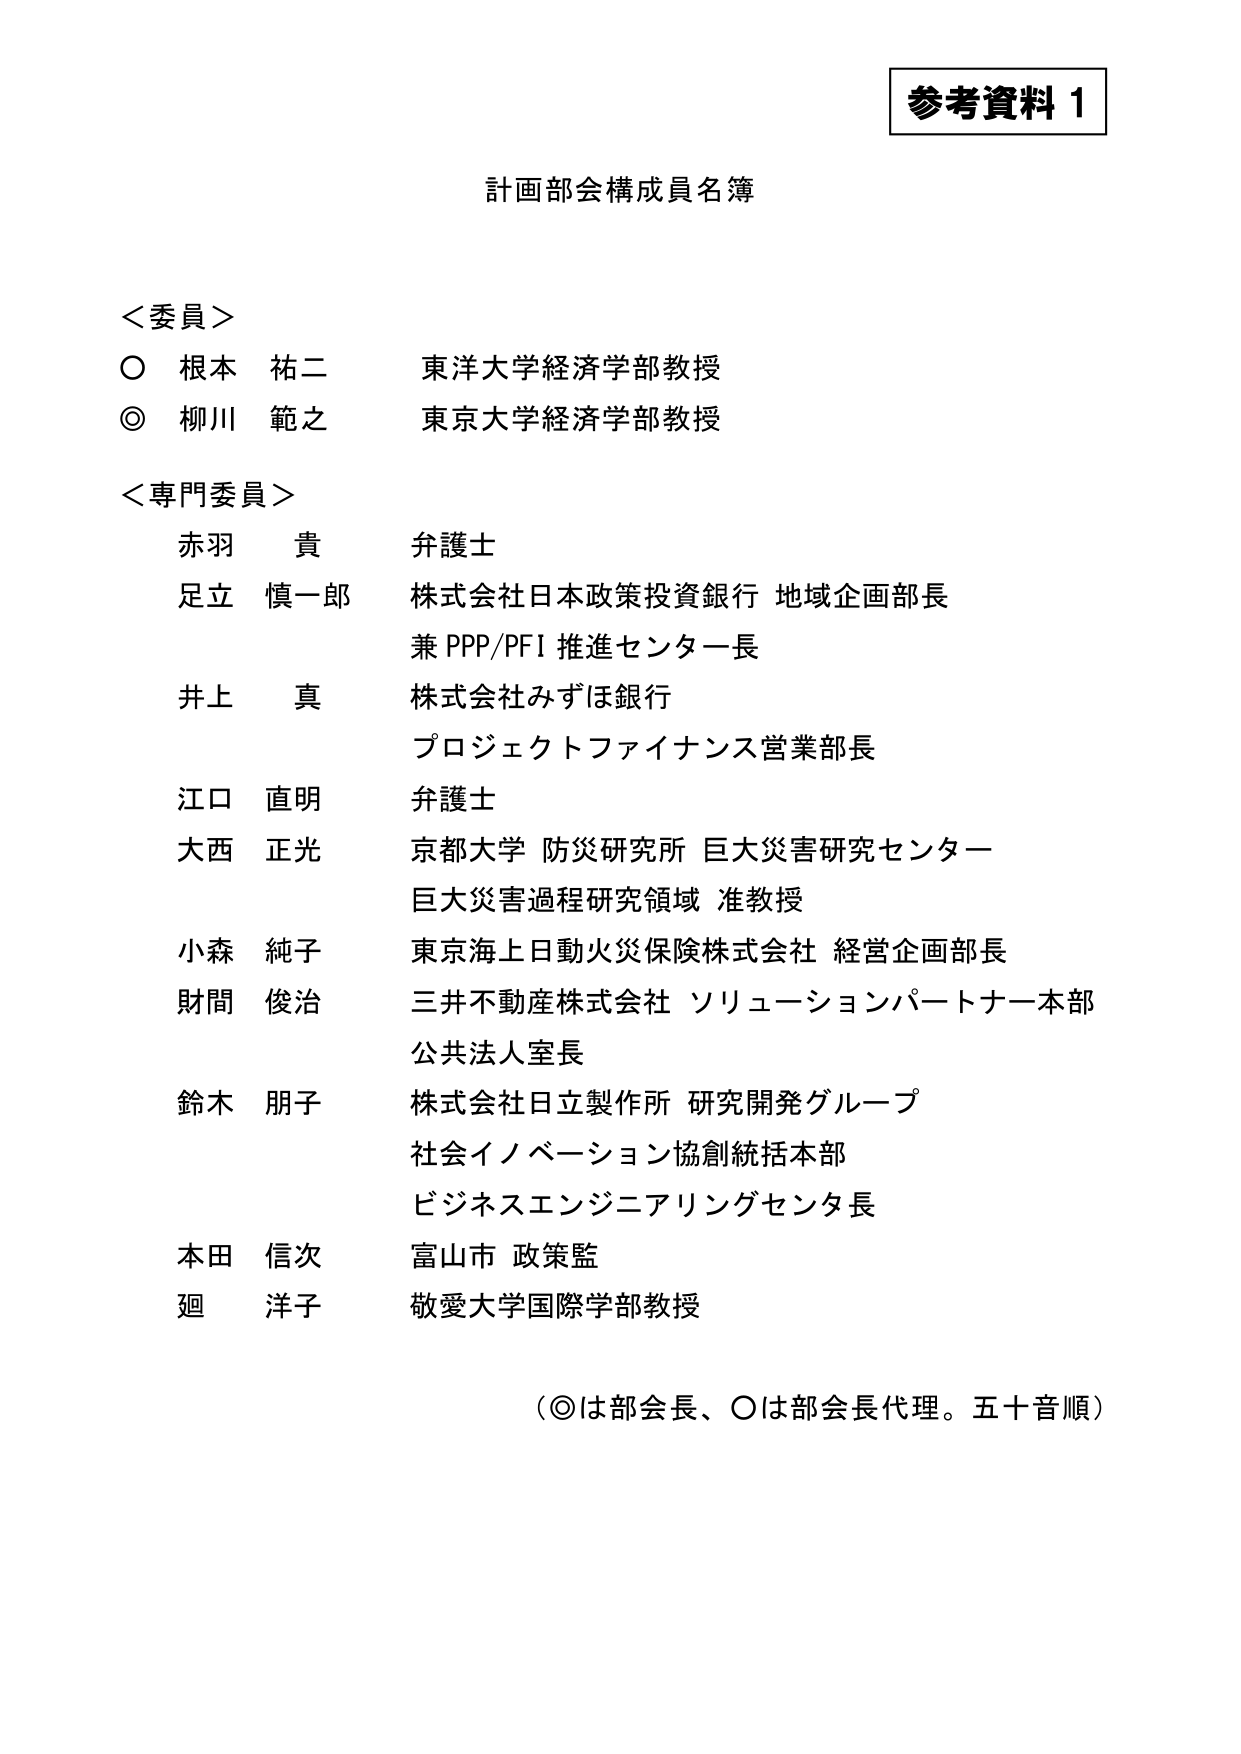
参考資料 1

計画部会構成員名簿

＜委員＞
○ 根本 祐二 東洋大学経済学部教授
◎ 柳川 範之 東京大学経済学部教授

＜専門委員＞
赤羽 貴 弁護士
足立 慎一郎 株式会社日本政策投資銀行 地域企画部長
兼 PPP/PFI 推進センター長
井上 真 株式会社みずほ銀行
プロジェクトファイナンス営業部長
江口 直明 弁護士
大西 正光 京都大学 防災研究所 巨大災害研究センター
巨大災害過程研究領域 准教授
小森 純子 東京海上日動火災保険株式会社 経営企画部長
財間 俊治 三井不動産株式会社 ソリューションパートナー本部
公共法人室長
鈴木 朋子 株式会社日立製作所 研究開発グループ
社会イノベーション協創統括本部
ビジネスエンジニアリングセンター長
本田 信次 富山市 政策監
廻 洋子 敬愛大学国際学部教授

（◎は部会長、○は部会長代理。五十音順）